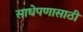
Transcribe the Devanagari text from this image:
साधेपणासाठी